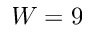
W = 9